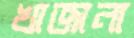
খাজানা